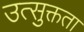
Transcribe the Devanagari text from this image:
उत्सुक्तता